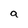
Character: a